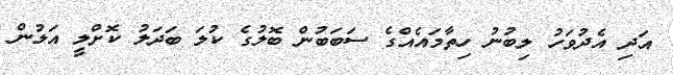
އަދި އެދުވަހު ލިބުނު ހިތާމައެއްގެ ސަބަބުން ބޮލުގެ ކުލަ ބަދަލު ކޮށްލީ އަލުން